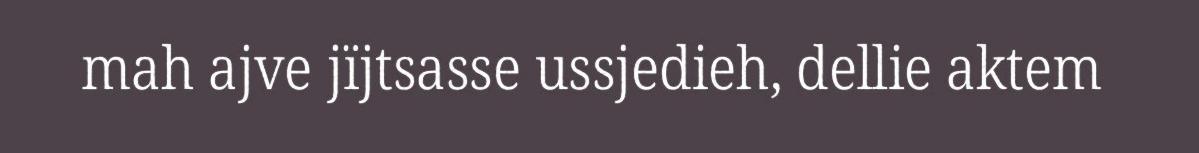
mah ajve jïjtsasse ussjedieh, dellie aktem